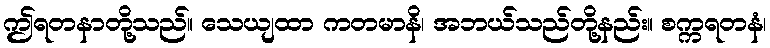
ဤရတနာတို့သည်။ သေယျထာ ကတမာနိ၊ အဘယ်သည်တို့နည်း။ စက္ကရတနံ၊